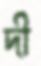
দী